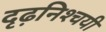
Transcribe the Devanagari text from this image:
दृढ़निश्‍चयी